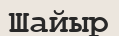
Шайыр